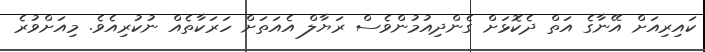
ކައިރިއަށް އޭނާގެ އަތް ދެކޮޅަށް ގެންދިއުމުންވެސް ރަޔާލް އެއަތަށް ހަރަކާތެއް ނުކުރިއެވެ. މިއަށްވުރެ